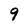
Character: 9